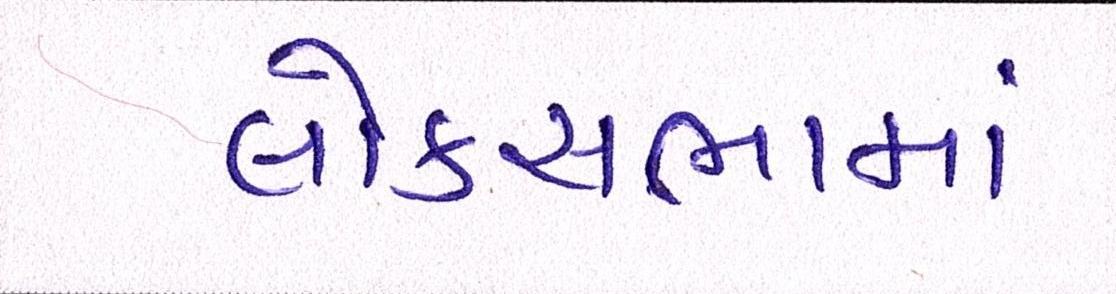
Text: લોકસભામાં